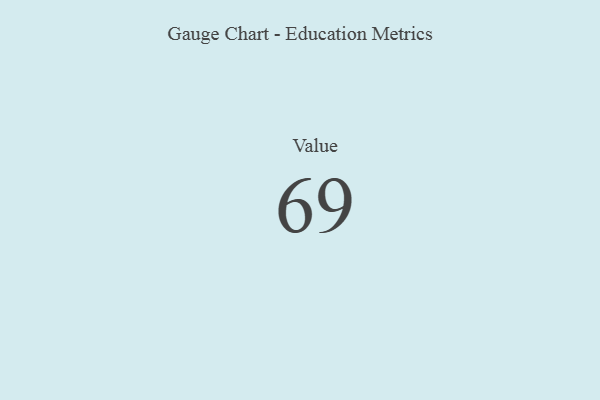
{"axis": {"x": "Metric", "y": "Value"}, "legend": [""], "data": [{"x": "Value", "y": 69, "type": ""}]}